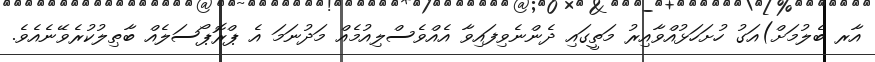
އާރ ބެލުމަށް)އަގު ހުށަހަޅުއްވާއިރު މަތީގައި ދެންނެވިފައިވާ އެއްވެސްލިއުމެއް މަދުނަމަ އެ ޕްރޮޕޯސަލެއް ބާޠިލުކުރެވޭނެއެވެ.